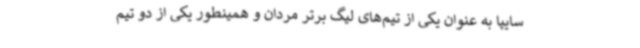
سایپا به عنوان یکی از تیم‌های لیگ برتر مردان و همینطور یکی از دو تیم